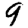
Digit: 9